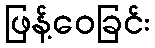
ဖြန့်ဝေခြင်း